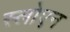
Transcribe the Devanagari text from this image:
स्लोएन